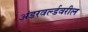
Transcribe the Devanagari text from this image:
अंडरवर्ल्डवरील